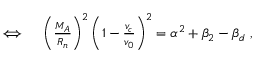
\begin{array} { r l } { \iff } & { { } \left( \frac { M _ { A } } { R _ { n } } \right) ^ { 2 } \left( 1 - \frac { v _ { c } } { v _ { 0 } } \right) ^ { 2 } = \alpha ^ { 2 } + \beta _ { 2 } - \beta _ { d } \ , } \end{array}